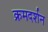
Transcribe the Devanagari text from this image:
क्रमदर्शन